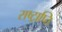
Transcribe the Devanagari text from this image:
राष्ट्राप्ति